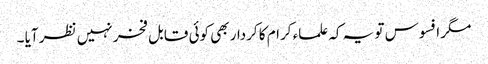
مگر افسوس تو یہ کہ علماء کرام کا کردار بھی کوئی قابل فخر نہیں نظر آیا ۔